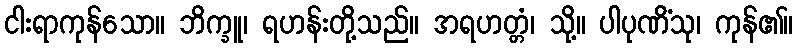
ငါးရာကုန်သော။ ဘိက္ခူ၊ ရဟန်းတို့သည်။ အရဟတ္တံ၊ သို့။ ပါပုဏိံသု၊ ကုန်၏။